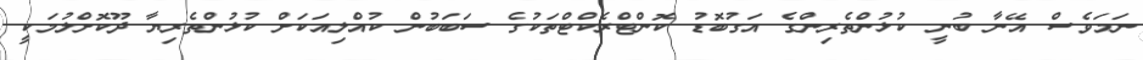
ނަމަވެސް އޭނާ ބުނީ ކުޅުންތެރިންގެ އަގުބޮޑު ކޮންޓްރެކްޓްތަކުގެ ސަބަބުން ކުއްލިއަކަށް ކުޅުންތެރިޔާ ދޫކޮށްލުމަކީ